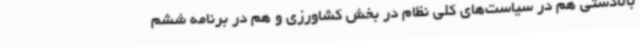
بالادستی هم در سیاست‌های کلی نظام در بخش کشاورزی و هم در برنامه ششم